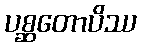
ပစ္ဆတောပိဿ